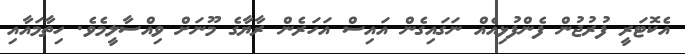
އެކޮޓަރީ ފުރުޖުން ފެންފުޅިއެއް ނަގައިގެން އައިސް އަހަރެން ރާޔާގެ މޫނަށް ވިއްސާލީމެވެ. ހިތާމައާއި